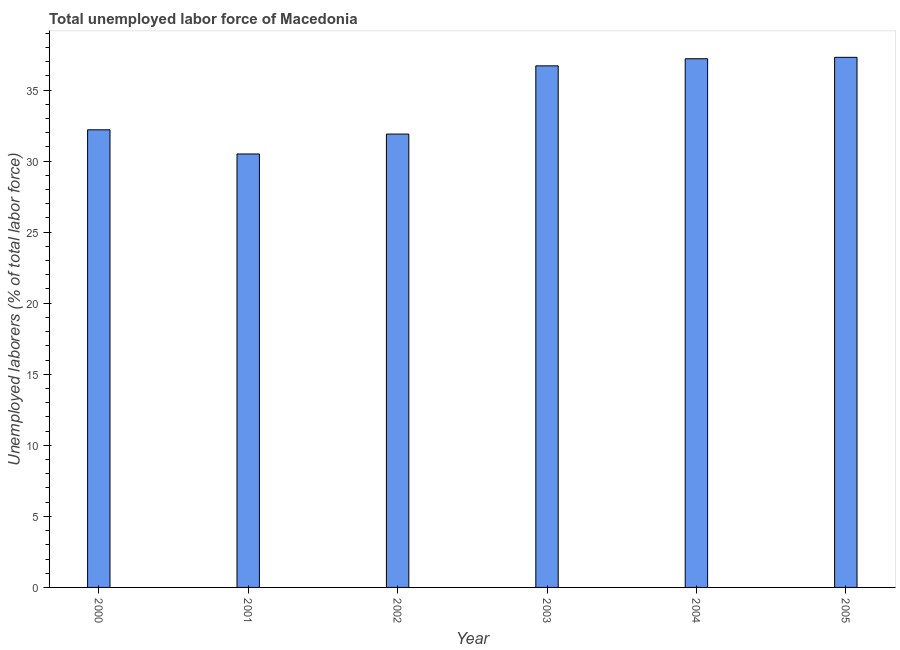
| Year | Unemployment total |
 | --- | --- |
 | 2000 | 32.2 |
 | 2001 | 30.5 |
 | 2002 | 31.9 |
 | 2003 | 36.7 |
 | 2004 | 37.2 |
 | 2005 | 37.3 |